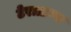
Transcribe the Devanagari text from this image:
टेराग्राम्स